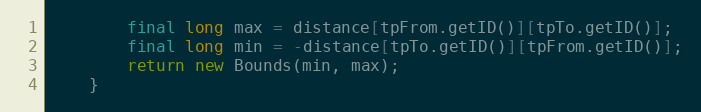
Language: Java
		final long max = distance[tpFrom.getID()][tpTo.getID()];
		final long min = -distance[tpTo.getID()][tpFrom.getID()];
		return new Bounds(min, max);
	}